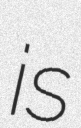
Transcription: is